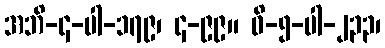
အဘိ-၄-ပါ-၁၇၉၊ ၄-၉၉။ ဝိ-၅-ပါ-၂၃၃၊